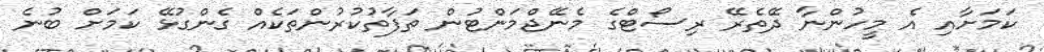
ކަމަށާއި އެ މީހުންނާ ދޭތެރޭ ރިސޯޓްގެ މެނޭޖްމަންޓުން ތަފާތުކުރުންތަކެއް ގެންގުޅޭ ކަމަށް ބުނެ